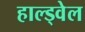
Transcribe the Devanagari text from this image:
हाल्ड्वेल